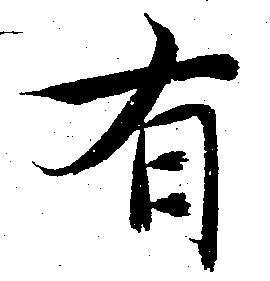
有